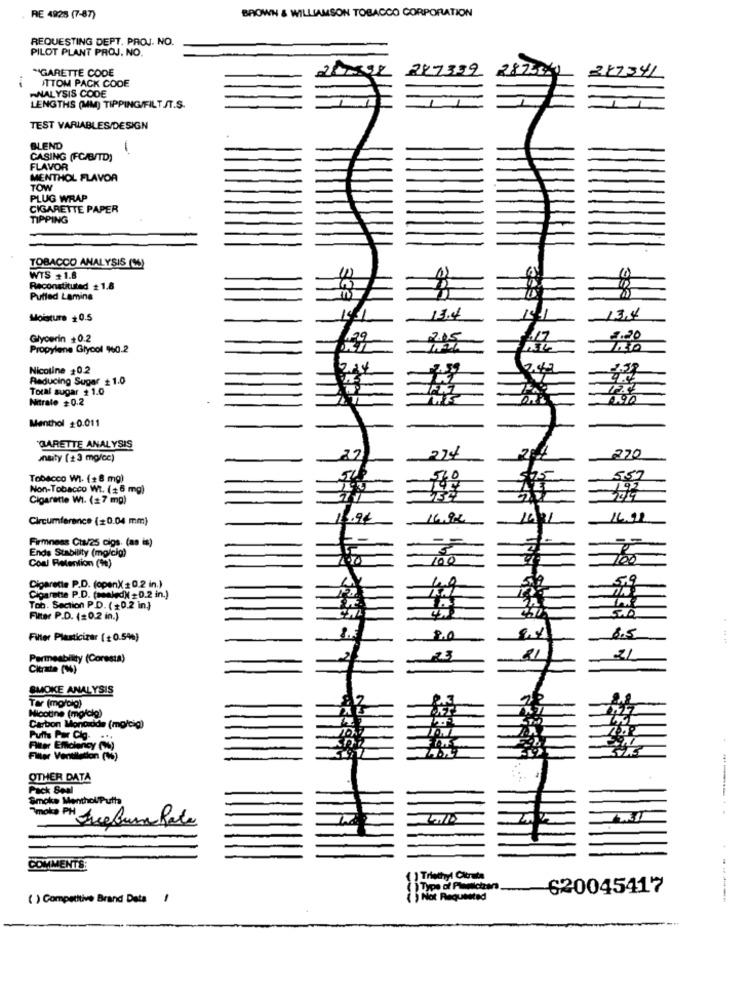
RE 4928 (7-87)
BROWN & WILLIAMSON TOBACCO CORPORATION
REQUESTING DEPT. PROJ. NO.
PILOT PLANT PROJ. NO.
"GARETTE CODE
247332
28750000
227341
ITTOM PACK CODE
ANALYSIS CODE
LENGTHS (MM) TIPPING/FILT./T.S.
TEST VARIABLES/DESIGN
BLEND
-
CASING (FC/B/TD)
FLAVOR
MENTHOL FLAVOR
TOW
PLUG WRAP
CIGARETTE PAPER
TIPPING
TOBACCO ANALYSIS (M)
WTS +1.8
Reconstituted +1.8
Pulled Lamina
m
Moisture +0.5
13.4
13.4
Glycerin +0.2
205
2.20
Propylene Glycol 960.2
Nicotine +0.2
Reducing Sugar + 1.0
Total sugar + 1.0
Nitrate #0.2
4.92
Menthol +0.011
GARETTE ANALYSIS
270
ansity (+3 mg/cc)
Tobacco WI. (+8 mg)
557
Non-Tobacco Wt. (+6 mg)
19.2
Cigarette WI. (27 mg)
Circumference (0.04 mm)
16.92
Firmness Cta/as cigs. (as is)
Ends Stability (mg/cig)
Coal Retention (9%)
100
100
Cigarette P.D. (open)( + 0.2 in.)
Cigarette P.D. (sealed) =0.2 in.)
Tob. Section P.D. (+0.2 in}
Filter P.D. (20.2 in.)
8.0
8.5
Filter Plasticizar (+0.54%)
Permeability (Coresta)
23
Citrate (W)
SMOKE ANALYSIS
Tar (moralg)
Nicotine (moicio)
Carbon Monoidde (mg/cig)
Puth Par Cig.
OTHER DATA
Pack Seul
Smoke MentholPutta
noto PH IreBur Rate
4./10
.---..
COMMENTS:
( ) Triethyl Citruta
620045417
( ) Competitive Brand Data !
() Not Requested
------